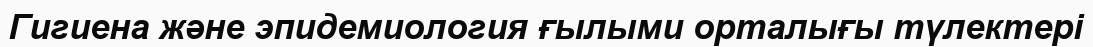
Гигиена және эпидемиология ғылыми орталығы түлектері